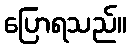
ပြောရသည်။